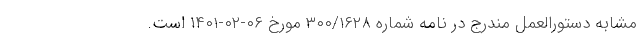
مشابه دستورالعمل مندرج در نامه شماره ۳۰۰/۱۶۲۸ مورخ ۰۶-۰۲-۱۴۰۱ است.